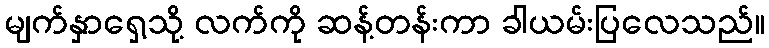
မျက်နှာရှေ့သို့ လက်ကို ဆန့်တန်းကာ ခါယမ်းပြလေသည်။